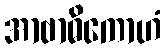
အာဗာဓိကောဟံ